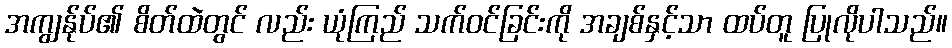
အကျွန်ုပ်၏ စိတ်ထဲတွင် လည်း ယုံကြည် သက်ဝင်ခြင်းကို အချစ်နှင့်သာ ထပ်တူ ပြုလိုပါသည်။